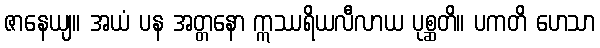
ဇာနေယျ။ အယံ ပန အတ္တနော ဣဿရိယလီလာယ ပုစ္ဆတိ။ ပကတိ ဟေသာ